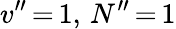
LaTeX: v^{\prime\prime}\, {=}\, 1,\, N^{\prime\prime}\, {=}\, 1